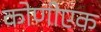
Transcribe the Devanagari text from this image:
कोणीएक